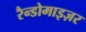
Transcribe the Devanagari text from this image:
रैन्डोमाइज़र